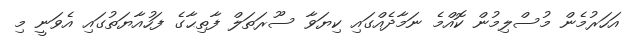
އަހަރުމެން މުސްލިމުން ކޮއްމެ ނަމާދެއްގައި ކިޔަވާ ސޫރަތަލް ފާތިޙާގެ ފަހުއާޔަތުގައި އެވަނީ މި